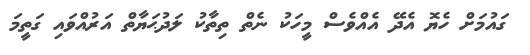
ގައުމަށް ހެޔޮ އެދޭ އެއްވެސް މީހަކު ނެތް ތިތާކު ލަދުޙަޔާތް އަރުއްވައި ގަތީމަ